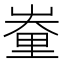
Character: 𨤪